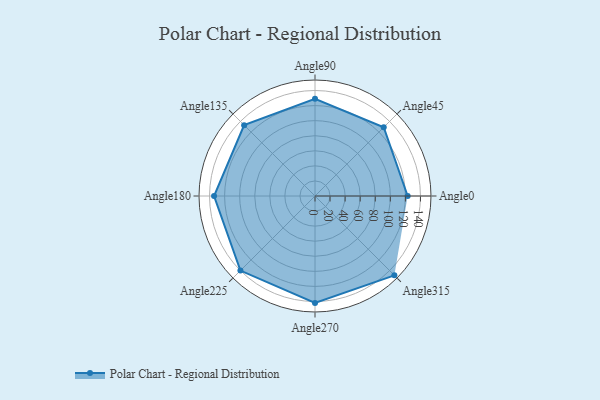
{"axis": {"x": "Angle", "y": "Radius"}, "legend": [""], "data": [{"x": "Angle0", "y": 123.0, "type": ""}, {"x": "Angle45", "y": 129.0, "type": ""}, {"x": "Angle90", "y": 129.0, "type": ""}, {"x": "Angle135", "y": 133.0, "type": ""}, {"x": "Angle180", "y": 134.0, "type": ""}, {"x": "Angle225", "y": 140.0, "type": ""}, {"x": "Angle270", "y": 142.0, "type": ""}, {"x": "Angle315", "y": 149.0, "type": ""}]}